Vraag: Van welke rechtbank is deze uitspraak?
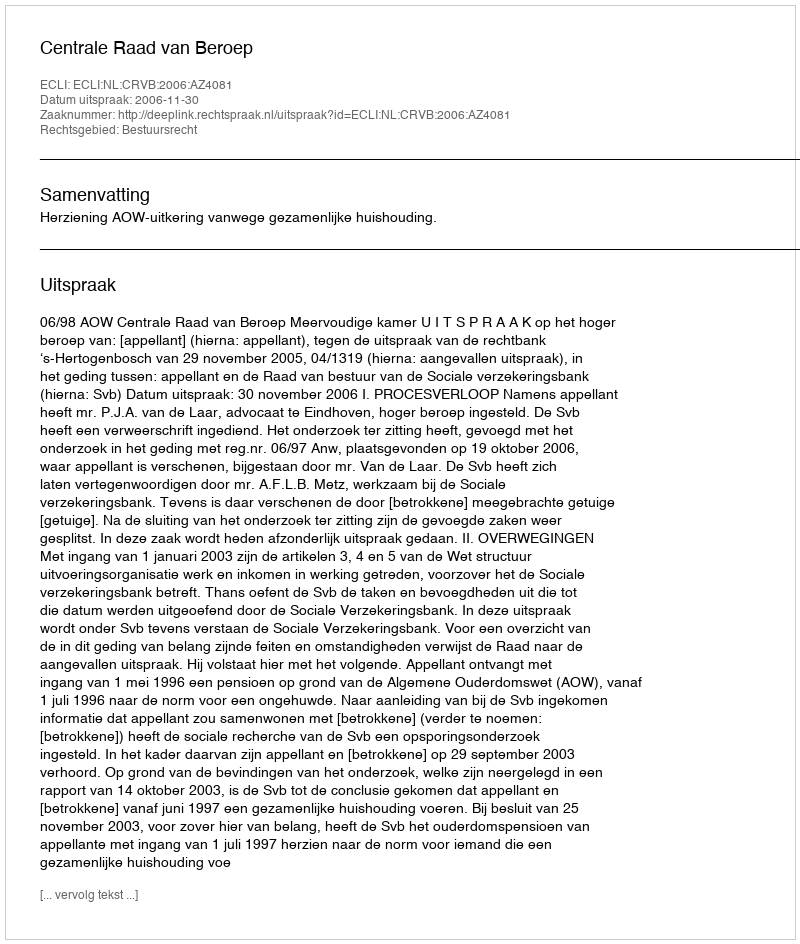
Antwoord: Centrale Raad van Beroep